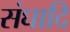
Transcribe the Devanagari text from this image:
संघादि